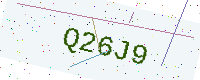
Text: Q26J9